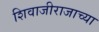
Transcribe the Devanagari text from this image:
शिवाजीराजाच्या